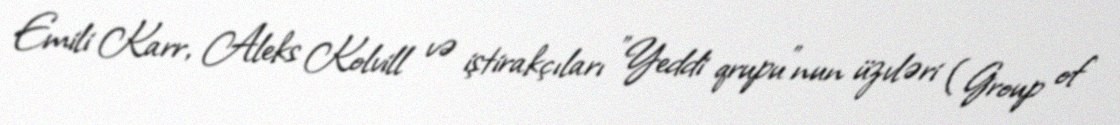
Emili Karr, Aleks Kolvill və iştirakçıları "Yeddi qrupu"nun üzvləri (Group of